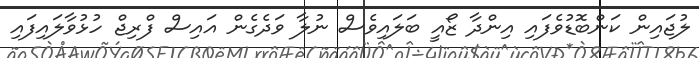
ލުޖައިން ކަންބޮޑުވެފައި އިންދާ ޒޯއީ ބަލައިވެސް ނުލާ ވަދެގެން އައިސް ފްރިޖް ހުޅުވާލައިފައި